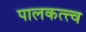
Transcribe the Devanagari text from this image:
पालकत्त्व